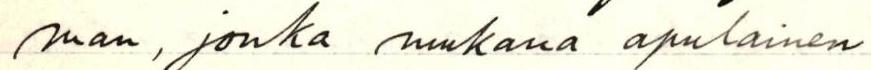
man, jonka mukana apulainen